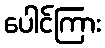
ပေါင်ကြား